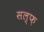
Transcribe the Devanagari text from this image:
सल्फ़